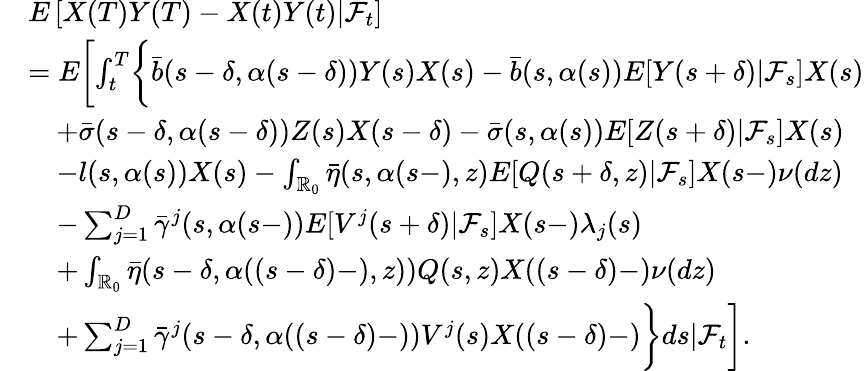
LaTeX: \begin{array}{rl}&{E\left[X(T)Y(T)-X(t)Y(t)|\mathcal{F}_{t}\right]}\\ &{=E\biggl[\int_{t}^{T}\biggl\{ \bar{b}(s-\delta,\alpha(s-\delta))Y(s)X(s)-\bar{b}(s,\alpha(s))E[Y(s+\delta)|\mathcal{F}_{s}]X(s)}\\ &{\quad+\bar{\sigma}(s-\delta,\alpha(s-\delta))Z(s)X(s-\delta)-\bar{\sigma}(s,\alpha(s))E[Z(s+\delta)|\mathcal{F}_{s}]X(s)}\\ &{\quad-l(s,\alpha(s))X(s)-\int_{\mathbb{R}_{0}}\bar{\eta}(s,\alpha(s-),z)E[Q(s+\delta,z)|\mathcal{F}_{s}]X(s-)\nu(dz)}\\ &{\quad-\sum_{j=1}^{D}\bar{\gamma}^{j}(s,\alpha(s-))E[V^{j}(s+\delta)|\mathcal{F}_{s}]X(s-)\lambda_{j}(s)}\\ &{\quad+\int_{\mathbb{R}_{0}}\bar{\eta}(s-\delta,\alpha((s-\delta)-),z))Q(s,z)X((s-\delta)-)\nu(dz)}\\ &{\quad+\sum_{j=1}^{D}\bar{\gamma}^{j}(s-\delta,\alpha((s-\delta)-))V^{j}(s)X((s-\delta)-)\biggr\} ds|\mathcal{F}_{t}\biggr].}\end{array}